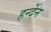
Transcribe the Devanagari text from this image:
हर्न्देन